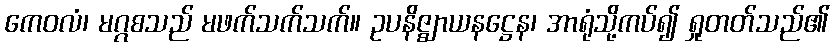
ကေဝလံ၊ မဂ္ဂစသည် မဖက်သက်သက်။ ဥပနိဇ္ဈာယနဋ္ဌေန၊ အာရုံသို့ကပ်၍ ရှုတတ်သည်၏